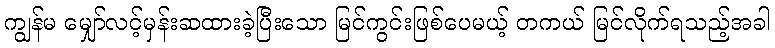
ကျွန်မ မျှော်လင့်မှန်းဆထားခဲ့ပြီးသော မြင်ကွင်းဖြစ်ပေမယ့် တကယ် မြင်လိုက်ရသည့်အခါ